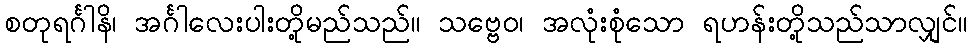
စတုရင်္ဂါနိ၊ အင်္ဂါလေးပါးတို့မည်သည်။ သဗ္ဗေဝ၊ အလုံးစုံသော ရဟန်းတို့သည်သာလျှင်။